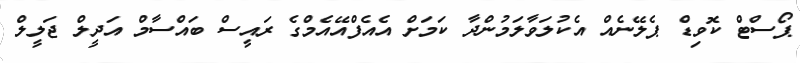
ޕޯސްޓް ކޮވިޑް ޕެލޭނެއް އެކުލަވާލަމުންދާ ކަމަށް އެއެފްއޭއެމްގެ ރައީސް ބައްސާމް އަދީލް ޖަލީލް